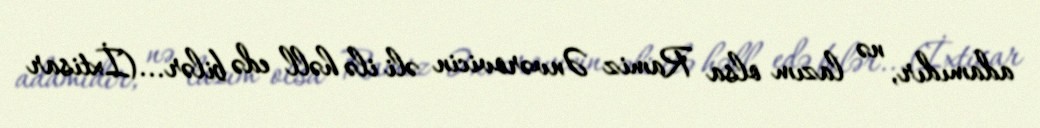
adamıdır, nə lazım olsa Ramiz Ənvərovicin əli ilə həll edə bilər...(İxtisar